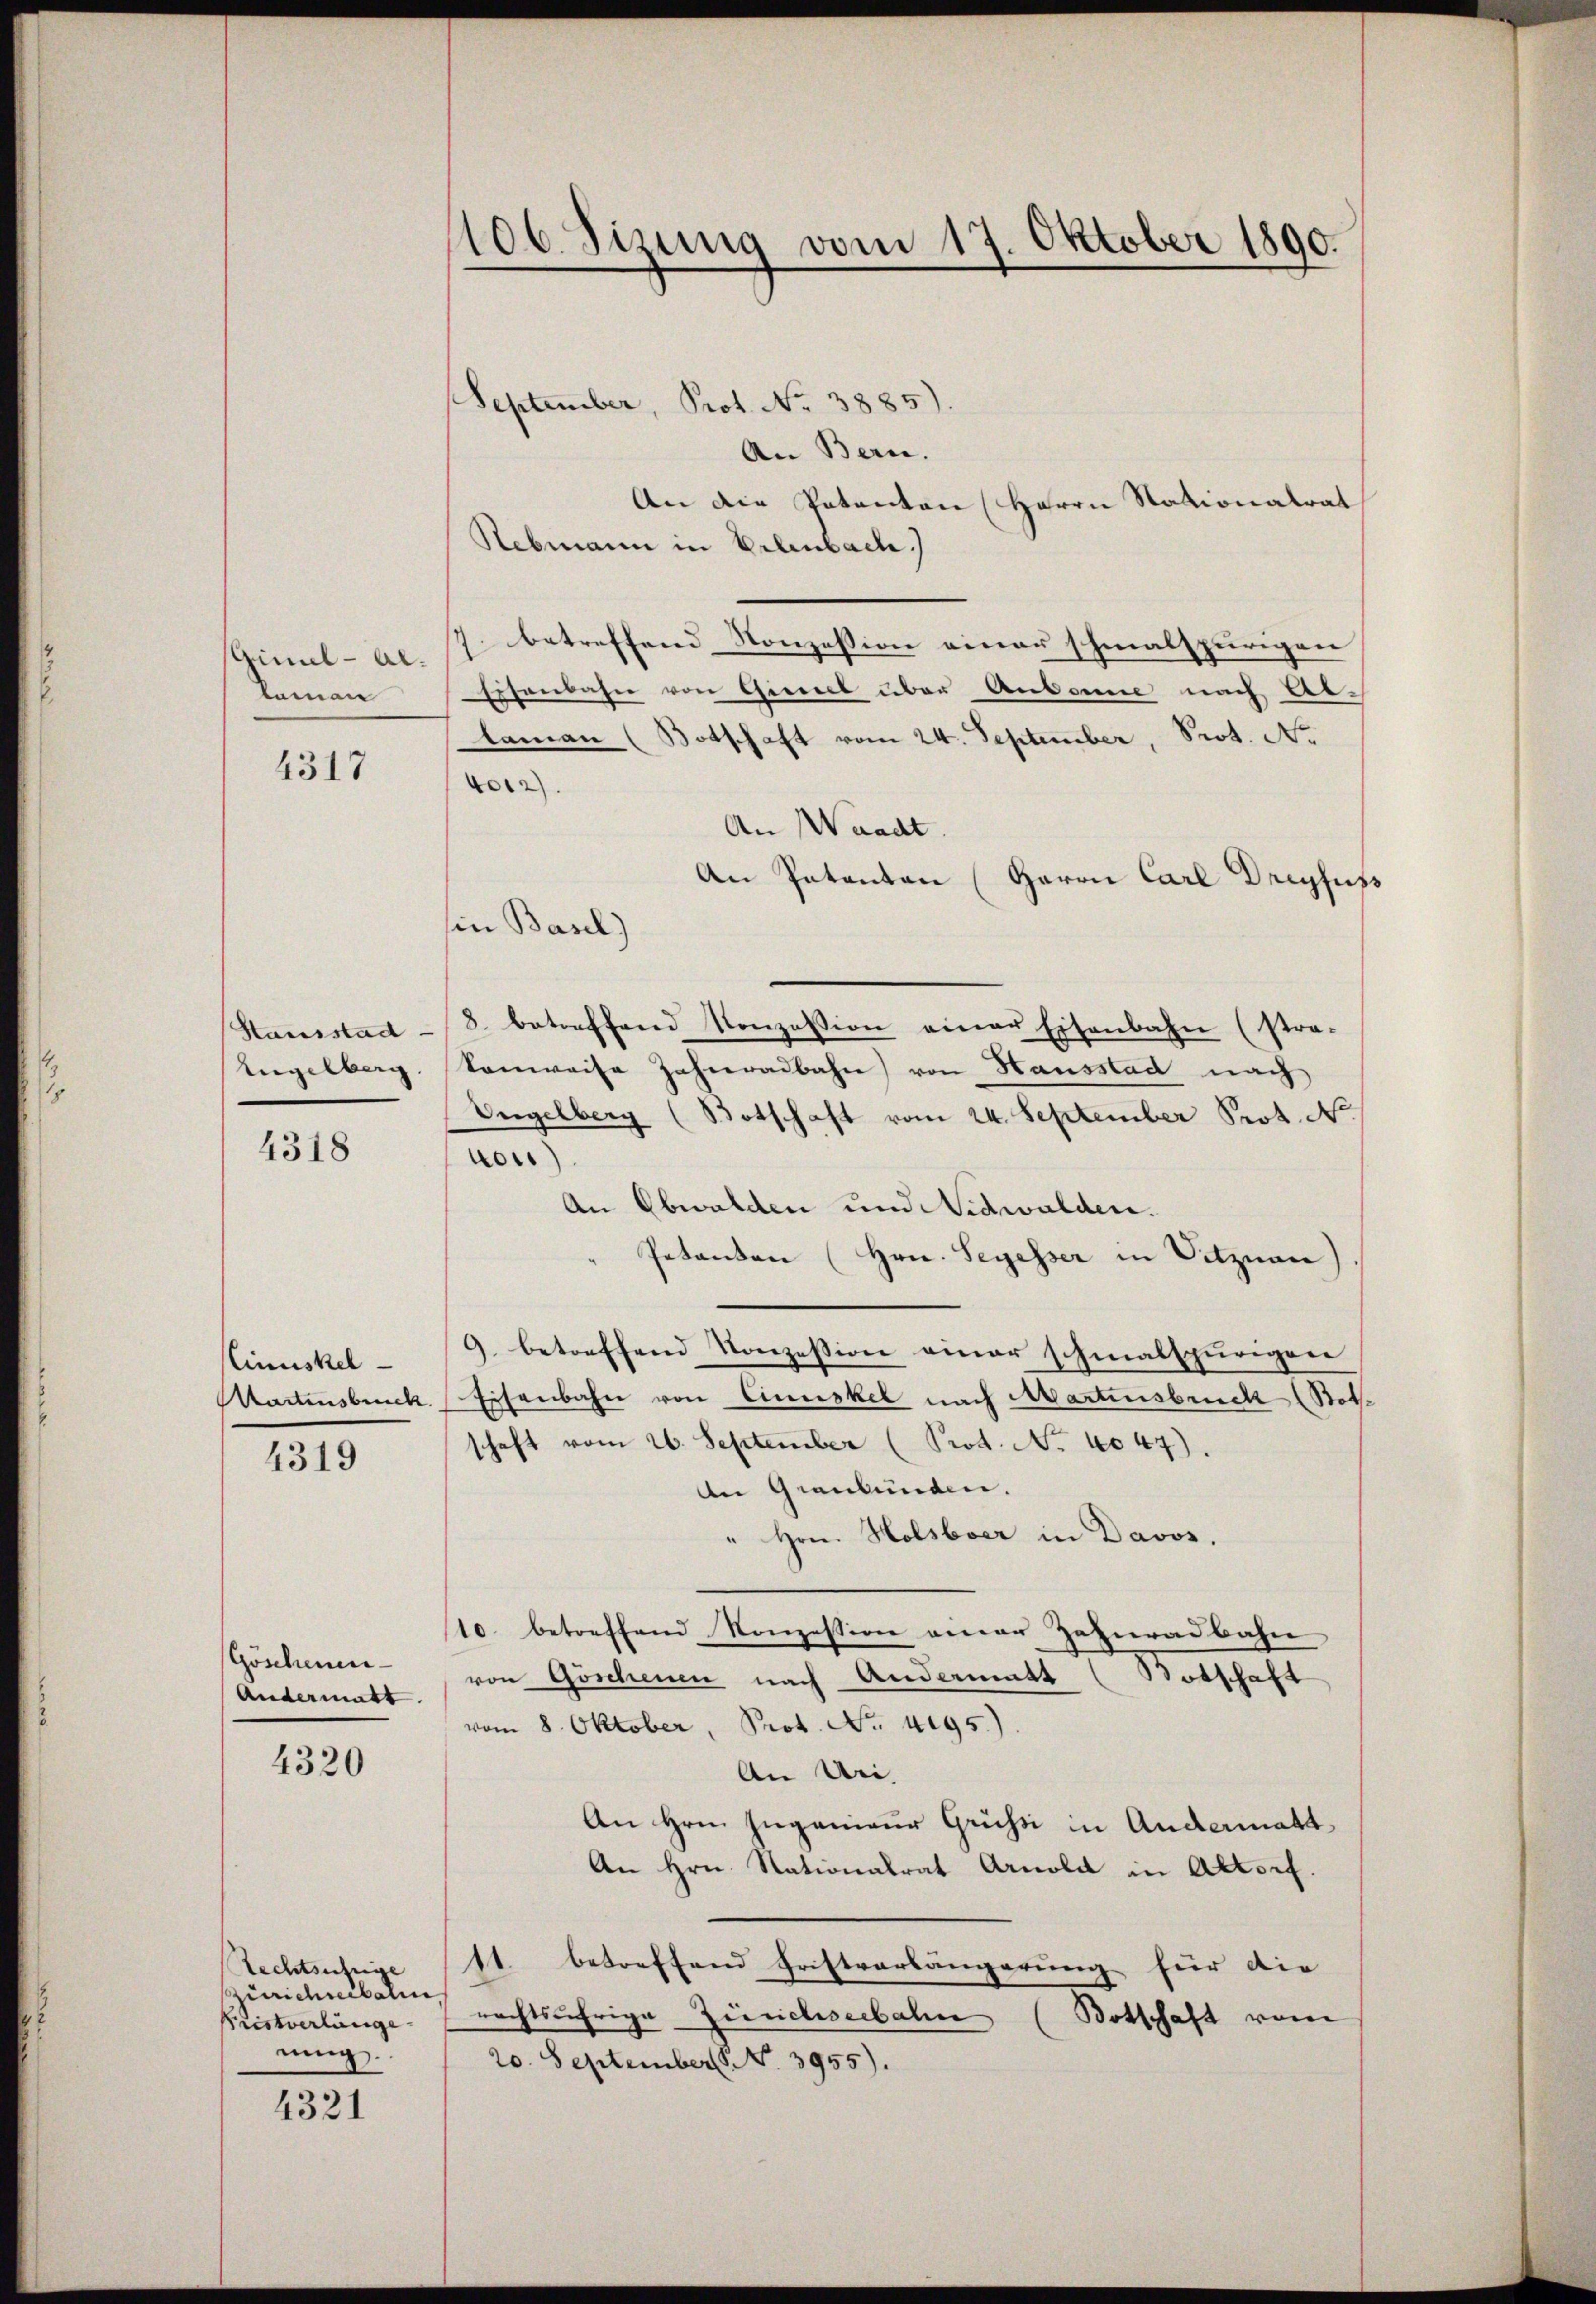
Gimel - Al.
Laman
4317

Hausstad

4318

Cinuskel
4319

Göschenen¬
Andermatt.
4320

September, Prot. No. 3885).
An Bern.
An die Patenten (Herrn Stationalrat
Rebmann in Erlenbach.)
7. betreffend Konzession einer schmalspurigen
Eisenbahn von Giezel über Anbanne nach Ablaman (Botschaft vom 24. September, Prot. N.
4012).
An Waadt.
An Patenten (Herrn Carl Dreyfuss
sin Basel)
8. betreffend Konzession einer Eisenbahn (stra-
Engelberg. Vonweise Zahnradbahn von Hausstad nach
Vngelberg
(Botschaft vom 24. September Prot. N
tor)
An Obwalden und Nidwalden.
Petenten (Hrn. Segesser in Vitznau)
9. betreffend Konzession einer schmalspurigen
Startensbruck. Eisenbahn von Cimuskel nach Martensbruck (Both
schaft vom 26. September (Prot. No. 4047).
An Graubünden.
" Hrn. Holsboer in Davos.
10. betreffend Konzession einer Zahnradbahn
von Göschenen nach Andermatt (Botschaft
vom 8. Oktober, Prot. No. 4195.)
An Uri,
An Hrn. Ingenieur Grüssi in Andermatt
An Hrn. Nationalrat Arnold in Altorf.
Rechtsufige 11. betreffend Fristvorlängerung für die
Pristverlänge nachtsjährige Zürichseebahn (Botschaft vom
20. September P. No. 3955).

Zürichnibali
nung.
4321

406. Sizung vom 17. Oktober 1890.